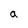
Character: a